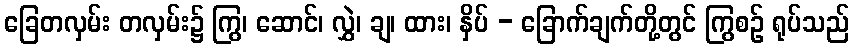
ခြေတလှမ်း တလှမ်း၌ ကြွ၊ ဆောင်၊ လွှဲ၊ ချ၊ ထား၊ နှိပ် - ခြောက်ချက်တို့တွင် ကြွစဉ် ရုပ်သည်